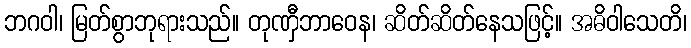
ဘဂဝါ၊ မြတ်စွာဘုရားသည်။ တုဏှီဘာဝေန၊ ဆိတ်ဆိတ်နေသဖြင့်။ အဓိဝါသေတိ၊